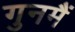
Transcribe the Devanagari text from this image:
गुनमैं